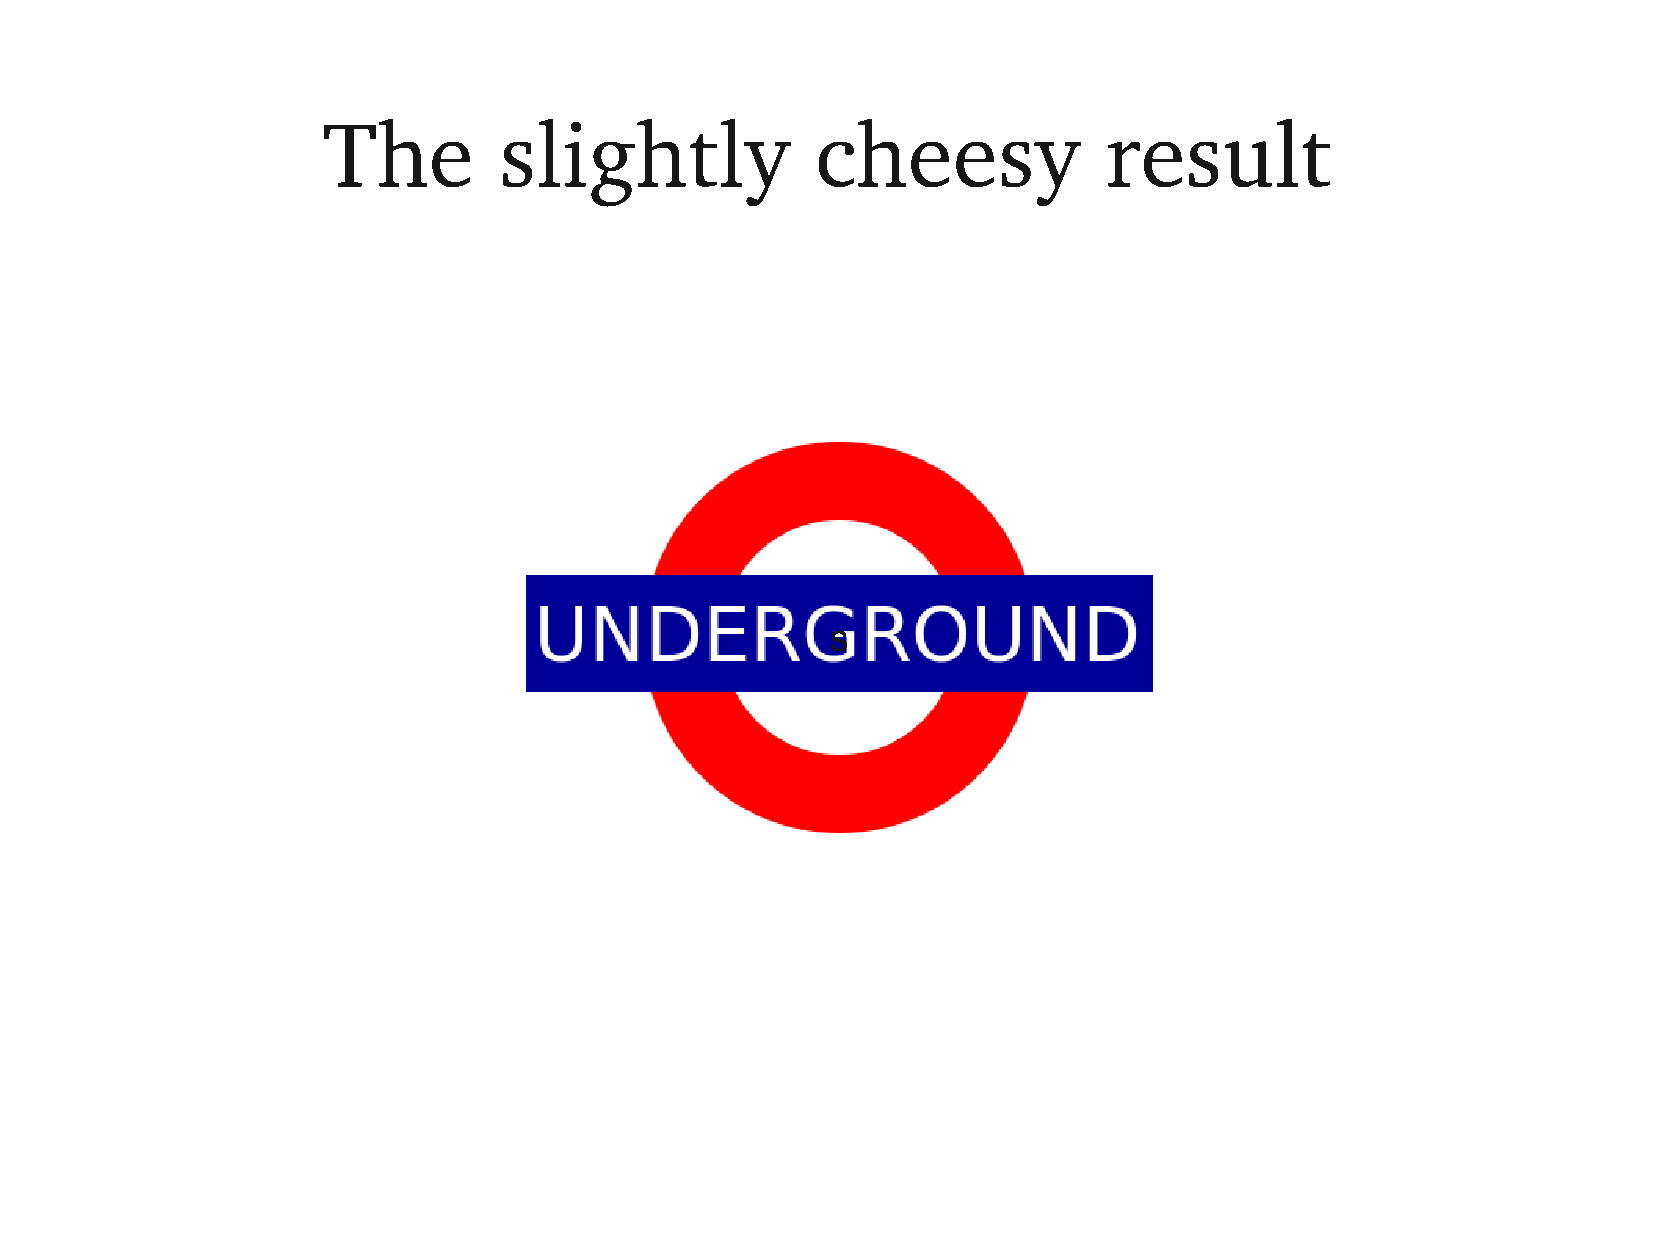
The         slightly             cheesy             result
 s